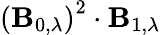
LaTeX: \left(\operatorname{\mathbf{B}}_{0,\lambda}\right)^{2}\cdot\operatorname{\mathbf{B}}_{1,\lambda}